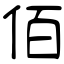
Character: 佰